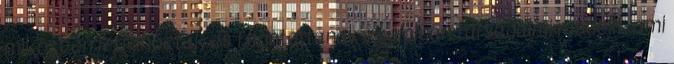
miközben létrehoztak és fenntartanak egy olyan társadalmi modellt, ami